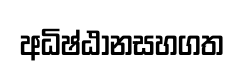
අධිෂ්ඨානසහගත